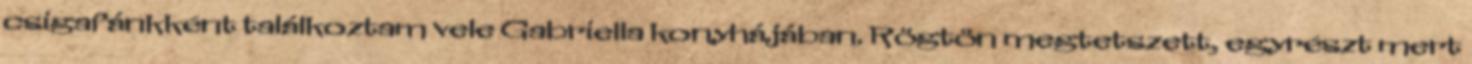
csigafánkként találkoztam vele Gabriella konyhájában. Rögtön megtetszett, egyrészt mert